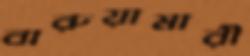
বারুয়ামারী